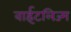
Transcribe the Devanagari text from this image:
वाईटलिज्म